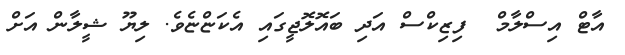
އާޓް އިސްލާމް  ފިޒިކްސް އަދި ބައޮލޮޖީގައި އެކަޏްޏެވެ. ލިޔޫ ޝީލާން އަށް